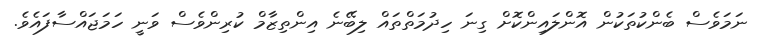
ނަމަވެސް ބެންކުތަކުން އޮންލައިންކޮށް ގިނަ ހިދުމަތްތައް ލިބޭނެ އިންތިޒާމް ކުރިންވެސް ވަނީ ހަމަޖައްސާފައެވެ.